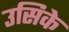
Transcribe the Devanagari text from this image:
उसिके